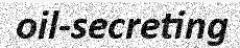
oil-secreting